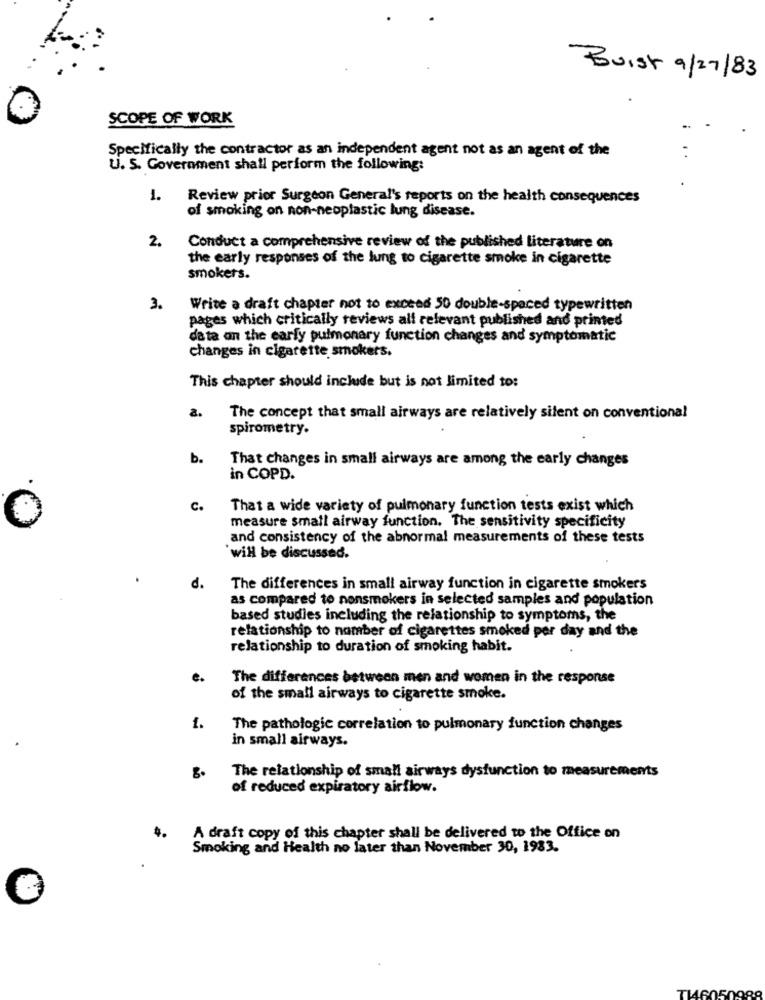
Buist 9/27/83
SCOPE OF WORK
Specifically the contractor as an independent agent not as an agent of the
U. S. Government shall perform the following:
1.
Review prior Surgeon General's reports on the health consequences
of smoking on non-neoplastic lung disease.
2.
Conduct a comprehensive review of the published literature on
the early responses of the lung to cigarette smoke in cigarette
smokers.
3.
Write a draft chapter not to exceed 50 double-spaced typewritten
pages which critically reviews all relevant published and printed
data on the early pulmonary function changes and symptomatic
changes in cigarette smokers.
This chapter should include but is not limited to:
a.
The concept that small airways are relatively silent on conventional
spirometry.
b.
That changes in small airways are among the early changes
in COPD.
C.
That a wide variety of pulmonary function tests exist which
measure small airway function. The sensitivity specificity
and consistency of the abnormal measurements of these tests
will be discussed.
d.
The differences in small airway function in cigarette smokers
as compared to nonsmokers in selected samples and population
based studies including the relationship to symptoms, the
relationship to nomber of cigarettes smoked per day and the
relationship to duration of smoking habit.
The differences between men and women in the response
of the small airways to cigarette smoke.
1.
The pathologic correlation to pulmonary function changes
in small airways.
The relationship of small airways dysfunction to measurements
of reduced expiratory airflow.
4.
A draft copy of this chapter shall be delivered to the Office on
Smoking and Health no later than November 30, 1983.
TH6050